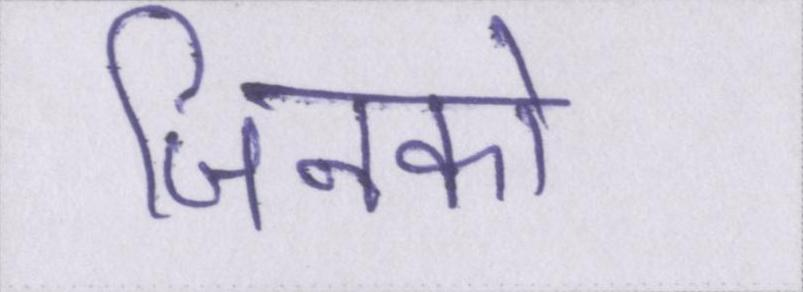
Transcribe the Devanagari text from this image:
जिनको